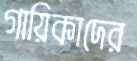
গায়িকাদের